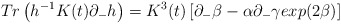
\begin{align*}Tr\left(h^{-1} K(t) \partial_- h \right) = K^3(t)\left[ \partial_{-}\beta -\alpha \partial_{-}\gamma exp(2\beta)\right]\end{align*}